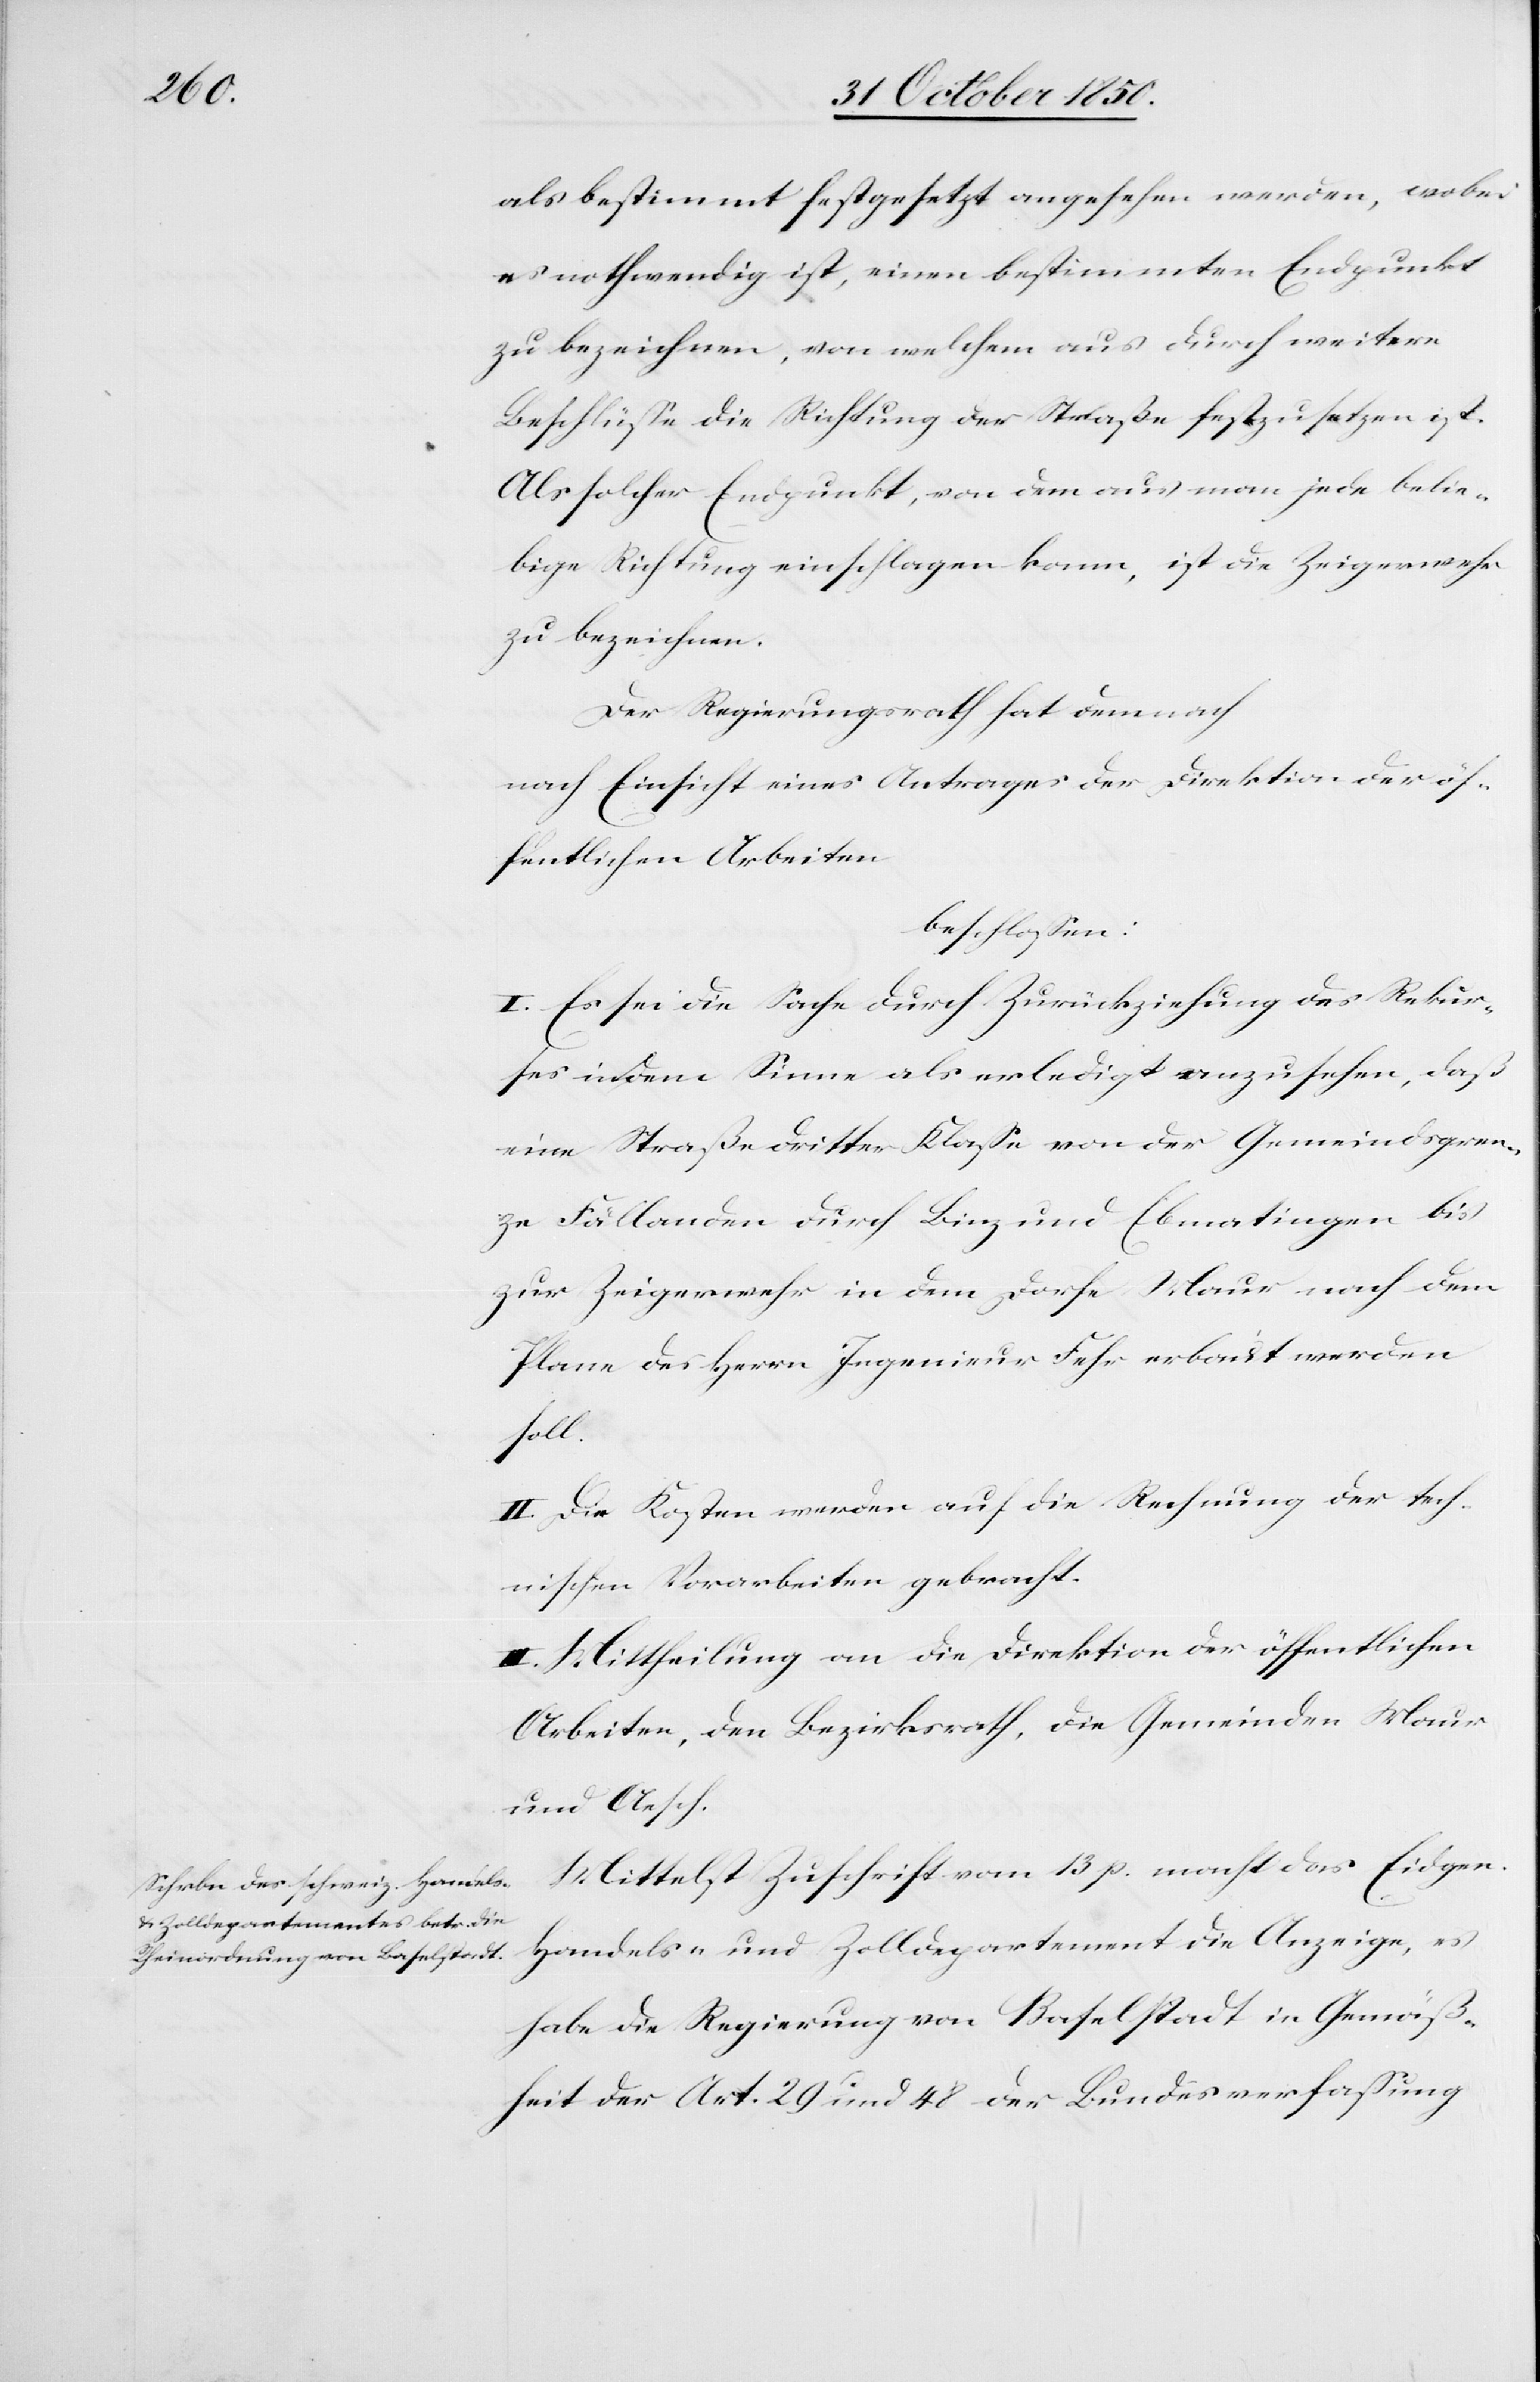
als bestimmt festgesetzt angesehen werden, wobei
es nothwendig ist, einen bestimmten Endpunkt
zu bezeichnen, von welchem aus durch weitere
Beschlüsse die Richtung der Straße festzusetzen ist.
Als solcher Endpunkt, von dem aus man jede belie¬
bige Richtung einschlagen kann, ist die Zeigerwehr
zu bezeichnen.
Der Regierungsrath hat demnach
nach Einsicht eines Antrages der Direktion der öf¬
fentlichen Arbeiten
beschlossen:
I. Es sei die Sache durch Zurückziehung des Rekur¬
ses in dem Sinne als erledigt anzusehen, daß
eine Straße dritter Klasse von der Gemeindsgren¬
ze Fällanden durch Binz und Ebmatingen bis
zur Zeigerwehr in dem Dorfe Maur nach dem
Plane des Herrn Ingenieur Fehr erbaut werden
soll.
II. Die Kosten werden auf die Rechnung der Tech¬
nischen Vorarbeiten gebracht.
III. Mittheilung an die Direktion der öffentlichen
Arbeiten, den Bezirksrath, die Gemeinden Maur
und Aesch.
Mittelst Zuschrift vom 13 p. macht das Eidgen.
Handels- und Zolldepartement die Anzeige, es
habe die Regierung von Baselstadt in Gemäß¬
heit der Art. 20 und 48 der Bundesverfassung